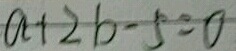
a + 2 b - 5 = 0